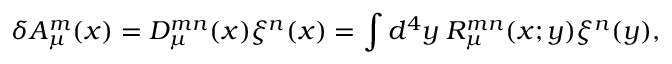
\delta A _ { \mu } ^ { m } ( x ) = { \cal D } _ { \mu } ^ { m n } ( x ) \xi ^ { n } ( x ) = \int d ^ { 4 } y \; { \cal R } _ { \mu } ^ { m n } ( x ; y ) \xi ^ { n } ( y ) ,